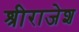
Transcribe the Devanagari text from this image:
श्रीराजेश